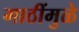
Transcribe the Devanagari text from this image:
गाठींमुळे